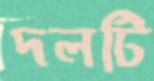
দলটি